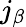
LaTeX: j_{\beta}